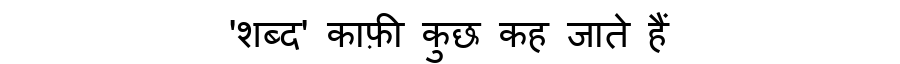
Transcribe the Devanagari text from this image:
'शब्द' काफ़ी कुछ कह जाते हैं